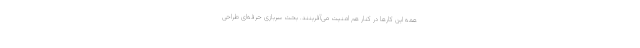
همه این کارها در کنار هم امنیت می‌آفرینند. بحث سربازی حرفه‌ای طراحی